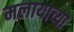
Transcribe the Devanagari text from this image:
मलायाच्या